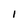
Character: l